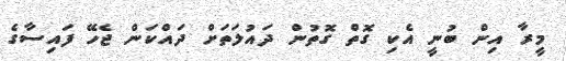
މީރާ އިން ބުނީ އެކި ގޮތް ގޮތުން ދައުލަތަށް ދައްކަން ޖެހޭ ފައިސާގެ